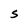
Character: S